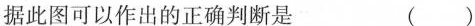
据此图可以作出的正确判断是 ( )